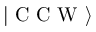
\vert \mathrm { ~ C ~ C ~ W ~ } \rangle